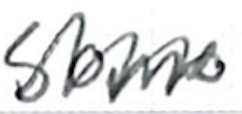
Text: some
Cross-out: zig-zag
Writing tool: ballpoint